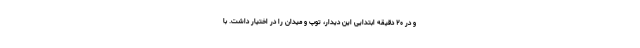
و در ۲۰ دقیقه ابتدایی این دیدار، توپ و میدان را در اختیار داشت. با